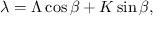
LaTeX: \lambda = \Lambda \cos { \beta } + K \sin { \beta } ,